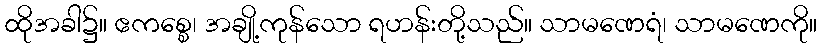
ထိုအခါ၌။ ဧကစ္စေ၊ အချို့ကုန်သော ရဟန်းတို့သည်။ သာမဏေရံ၊ သာမဏေကို။